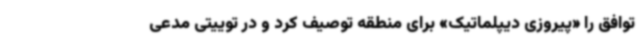
توافق را «پیروزی دیپلماتیک» برای منطقه توصیف کرد و در توییتی مدعی